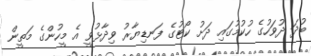
ބުދަ ދުވަހުގެ ހުކުމުގައި ދަށު ކޯޓުގެ ފަނޑިޔާރު ވިދާޅުވީ އެ މީހުންގެ މަތީން